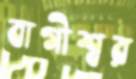
বাগীশ্বর